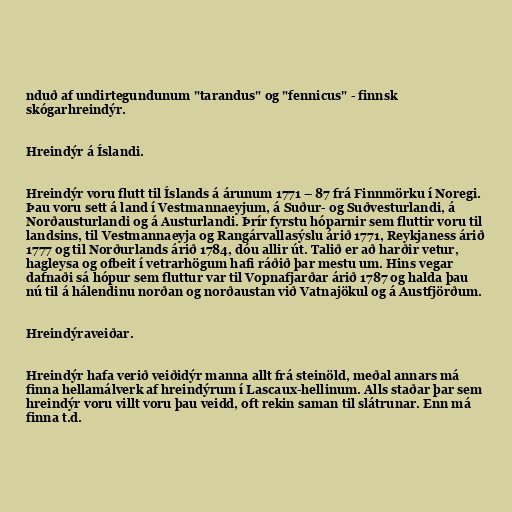
nduð af undirtegundunum "tarandus" og "fennicus" - finnsk
skógarhreindýr.

Hreindýr á Íslandi.

Hreindýr voru flutt til Íslands á árunum 1771 – 87 frá Finnmörku í Noregi.
Þau voru sett á land í Vestmannaeyjum, á Suður- og Suðvesturlandi, á
Norðausturlandi og á Austurlandi. Þrír fyrstu hóparnir sem fluttir voru til
landsins, til Vestmannaeyja og Rangárvallasýslu árið 1771, Reykjaness árið
1777 og til Norðurlands árið 1784, dóu allir út. Talið er að harðir vetur,
hagleysa og ofbeit í vetrarhögum hafi ráðið þar mestu um. Hins vegar
dafnaði sá hópur sem fluttur var til Vopnafjarðar árið 1787 og halda þau
nú til á hálendinu norðan og norðaustan við Vatnajökul og á Austfjörðum.

Hreindýraveiðar.

Hreindýr hafa verið veiðidýr manna allt frá steinöld, meðal annars má
finna hellamálverk af hreindýrum í Lascaux-hellinum. Alls staðar þar sem
hreindýr voru villt voru þau veidd, oft rekin saman til slátrunar. Enn má
finna t.d.